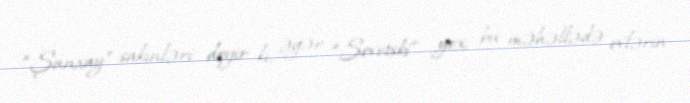
“Şanxay” sakinləri deyir ki, əgər “Sovetski” yox, bu məhəllədə evlərin